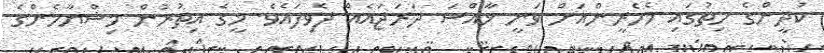
ކުދީންގެ ހިތުގައި މެހެރީންއަށް ވަނީ ޚާއްސަ ދަރަޖައެއް ދެވިފައެވެ. މީގެ އިތުރުން މިޝްޔާމެންގެ